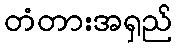
တံတားအရှည်